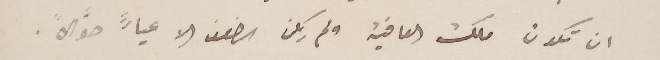
ان تكون ملك العافية ولم يكن الضعف الا عياءً حوَّالاً